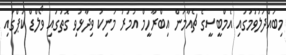
މިބައްދަލުވުމުގައި އެމްބީސީގެ ޗެއާމަން އިބްރާހީމް އުމަރު މަނިކު ވިދާޅުވި ގޮތުގައި ވޯލްޑް ކަޕްގައި